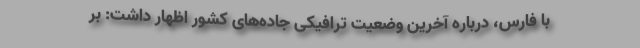
با فارس، درباره آخرین وضعیت ترافیکی جاده‌ها‌ی کشور اظهار داشت: بر